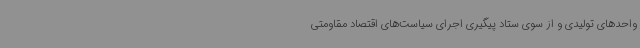
واحدهای تولیدی و از سوی ستاد پیگیری اجرای سیاست‌های اقتصاد مقاومتی